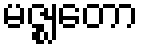
မဇ္ဈတော